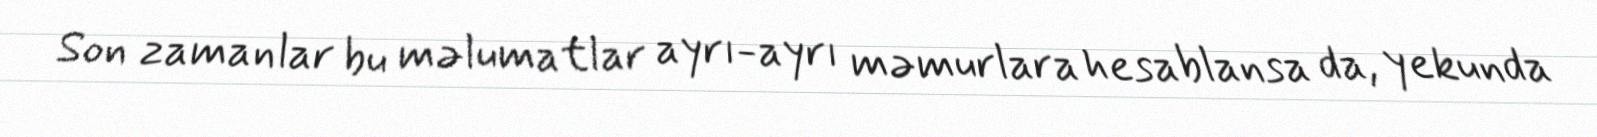
Son zamanlar bu məlumatlar ayrı-ayrı məmurlara hesablansa da, yekunda